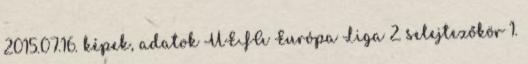
2015.07.16. képek, adatok UEFA Európa Liga 2. selejtezőkör 1.